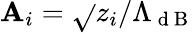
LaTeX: \mathbf{A}_{i}=\sqrt{}{{{z_{i}}/{\Lambda_{\mathrm{{~d~B~}}}}}}